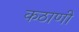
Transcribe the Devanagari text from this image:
कठाणी